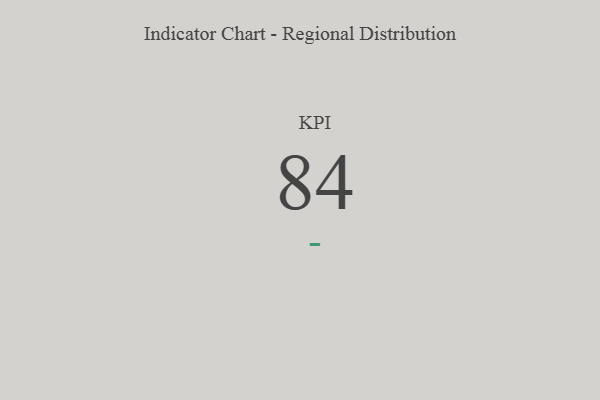
{"axis": {"x": "KPI", "y": "Value"}, "legend": [""], "data": [{"x": "KPI", "y": 84, "type": ""}]}